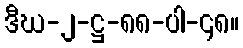
ဒီဃ-၂-ဋ္ဌ-၈၈-ပါ-၄၈။